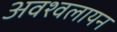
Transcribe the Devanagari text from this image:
अवश्वलायन